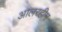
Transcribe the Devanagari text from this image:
आलरहीम